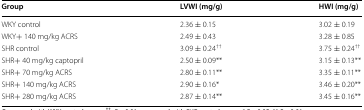
| Group | LVWI (mg/g) | HWI (mg/g) |
 | --- | --- | --- |
 | WKY control | 2.36 ± 0.15 | 3.02 ± 0.19 |
 | WKY+ 140 mg/kg ACRS | 2.49 ± 0.43 | 3.28 ± 0.85 |
 | SHR control | 3.09 ± 0.24†† | 3.75 ± 0.24†† |
 | SHR+ 40 mg/kg captopril | 2.50 ± 0.09** | 3.15 ± 0.13** |
 | SHR+ 70 mg/kg ACRS | 2.80 ± 0.11** | 3.35 ± 0.11** |
 | SHR+ 140 mg/kg ACRS | 2.90 ± 0.16* | 3.46 ± 0.20** |
 | SHR+ 280 mg/kg ACRS | 2.87 ± 0.14** | 3.45 ± 0.16** |